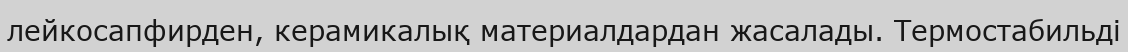
лейкосапфирден, керамикалық материалдардан жасалады. Термостабильді